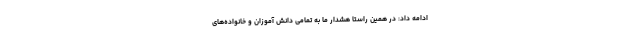
ادامه داد: در همین راستا هشدار ما به تمامی دانش آموزان و خانواده‌های